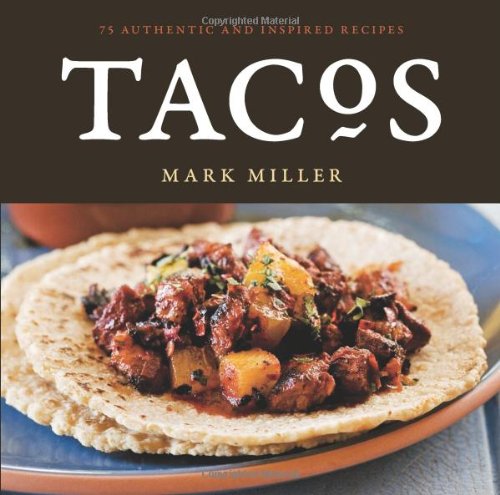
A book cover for Tacos; Mark Miller; Cookbooks, Food & Wine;